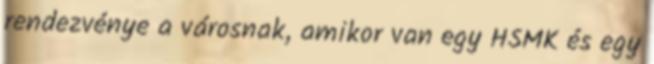
rendezvénye a városnak, amikor van egy HSMK és egy